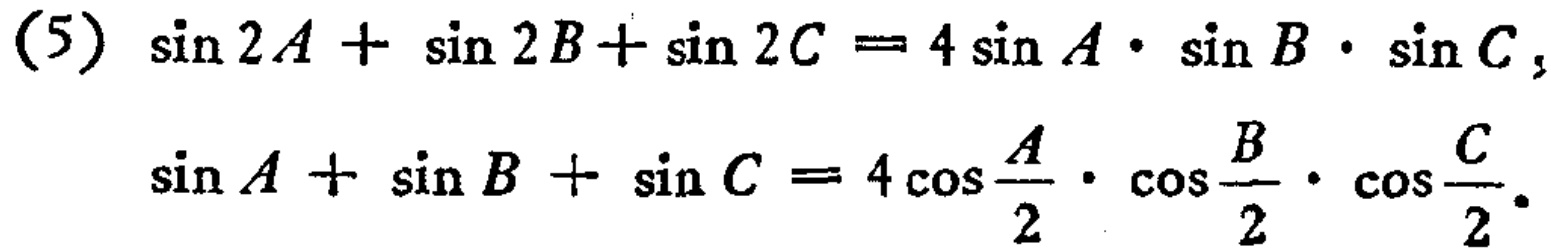
(5) \(\sin 2A+\sin 2B + \sin 2C=4\sin A\cdot\sin B\cdot\sin C\),

\(\sin A+\sin B+\sin C = 4\cos\frac{A}{2}\cdot\cos\frac{B}{2}\cdot\cos\frac{C}{2}\)